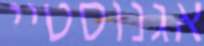
אגנוסטיי